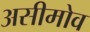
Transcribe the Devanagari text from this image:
असीमोव